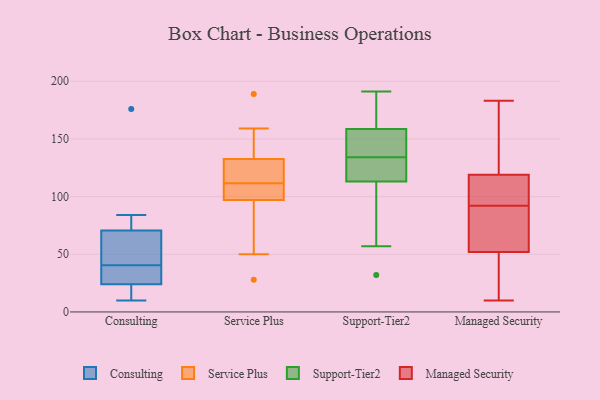
{"axis": {"x": "Humidity (%)", "y": "Value"}, "legend": ["Consulting", "Managed Security", "Service Plus", "Support-Tier2"], "data": [{"x": "", "y": 61, "type": "Consulting"}, {"x": "", "y": 176, "type": "Consulting"}, {"x": "", "y": 17, "type": "Consulting"}, {"x": "", "y": 80, "type": "Consulting"}, {"x": "", "y": 61, "type": "Consulting"}, {"x": "", "y": 34, "type": "Consulting"}, {"x": "", "y": 38, "type": "Consulting"}, {"x": "", "y": 31, "type": "Consulting"}, {"x": "", "y": 13, "type": "Consulting"}, {"x": "", "y": 84, "type": "Consulting"}, {"x": "", "y": 43, "type": "Consulting"}, {"x": "", "y": 10, "type": "Consulting"}, {"x": "", "y": 134, "type": "Service Plus"}, {"x": "", "y": 139, "type": "Service Plus"}, {"x": "", "y": 105, "type": "Service Plus"}, {"x": "", "y": 28, "type": "Service Plus"}, {"x": "", "y": 131, "type": "Service Plus"}, {"x": "", "y": 110, "type": "Service Plus"}, {"x": "", "y": 117, "type": "Service Plus"}, {"x": "", "y": 50, "type": "Service Plus"}, {"x": "", "y": 112, "type": "Service Plus"}, {"x": "", "y": 97, "type": "Service Plus"}, {"x": "", "y": 97, "type": "Service Plus"}, {"x": "", "y": 60, "type": "Service Plus"}, {"x": "", "y": 189, "type": "Service Plus"}, {"x": "", "y": 159, "type": "Service Plus"}, {"x": "", "y": 111, "type": "Service Plus"}, {"x": "", "y": 115, "type": "Service Plus"}, {"x": "", "y": 169, "type": "Support-Tier2"}, {"x": "", "y": 130, "type": "Support-Tier2"}, {"x": "", "y": 113, "type": "Support-Tier2"}, {"x": "", "y": 102, "type": "Support-Tier2"}, {"x": "", "y": 151, "type": "Support-Tier2"}, {"x": "", "y": 147, "type": "Support-Tier2"}, {"x": "", "y": 140, "type": "Support-Tier2"}, {"x": "", "y": 189, "type": "Support-Tier2"}, {"x": "", "y": 32, "type": "Support-Tier2"}, {"x": "", "y": 168, "type": "Support-Tier2"}, {"x": "", "y": 117, "type": "Support-Tier2"}, {"x": "", "y": 113, "type": "Support-Tier2"}, {"x": "", "y": 79, "type": "Support-Tier2"}, {"x": "", "y": 126, "type": "Support-Tier2"}, {"x": "", "y": 158, "type": "Support-Tier2"}, {"x": "", "y": 57, "type": "Support-Tier2"}, {"x": "", "y": 191, "type": "Support-Tier2"}, {"x": "", "y": 138, "type": "Support-Tier2"}, {"x": "", "y": 159, "type": "Support-Tier2"}, {"x": "", "y": 129, "type": "Support-Tier2"}, {"x": "", "y": 52, "type": "Managed Security"}, {"x": "", "y": 87, "type": "Managed Security"}, {"x": "", "y": 158, "type": "Managed Security"}, {"x": "", "y": 97, "type": "Managed Security"}, {"x": "", "y": 114, "type": "Managed Security"}, {"x": "", "y": 52, "type": "Managed Security"}, {"x": "", "y": 137, "type": "Managed Security"}, {"x": "", "y": 11, "type": "Managed Security"}, {"x": "", "y": 10, "type": "Managed Security"}, {"x": "", "y": 119, "type": "Managed Security"}, {"x": "", "y": 45, "type": "Managed Security"}, {"x": "", "y": 183, "type": "Managed Security"}, {"x": "", "y": 111, "type": "Managed Security"}, {"x": "", "y": 65, "type": "Managed Security"}]}